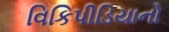
વિકિપીડિયાનો